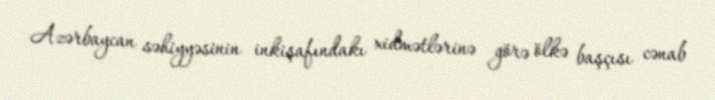
Azərbaycan səhiyyəsinin inkişafındakı xidmətlərinə görə ölkə başçısı cənab